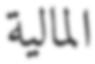
المالیة